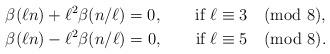
LaTeX: \begin{align*}&\beta(\ell n)+\ell^2 \beta(n/\ell)=0,\qquad\mbox{if $\ell\equiv3\pmod{8}$},\\&\beta(\ell n)-\ell^2 \beta(n/\ell)=0,\qquad\mbox{if $\ell\equiv5\pmod{8}$}. \end{align*}